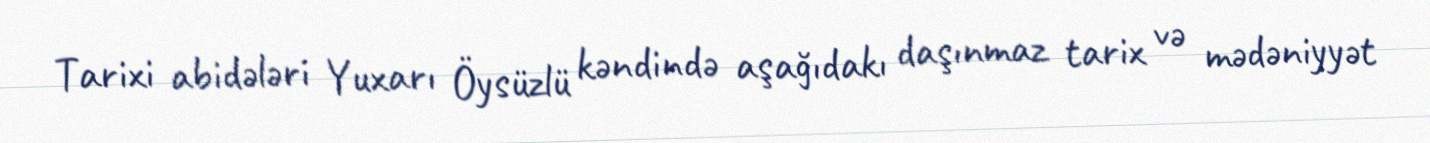
Tarixi abidələri Yuxarı Öysüzlü kəndində aşağıdakı daşınmaz tarix və mədəniyyət